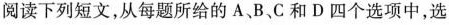
阅读下列短文,从每题所给的 A、B、C 和 D 四个选项中,选